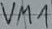
Text: VM1